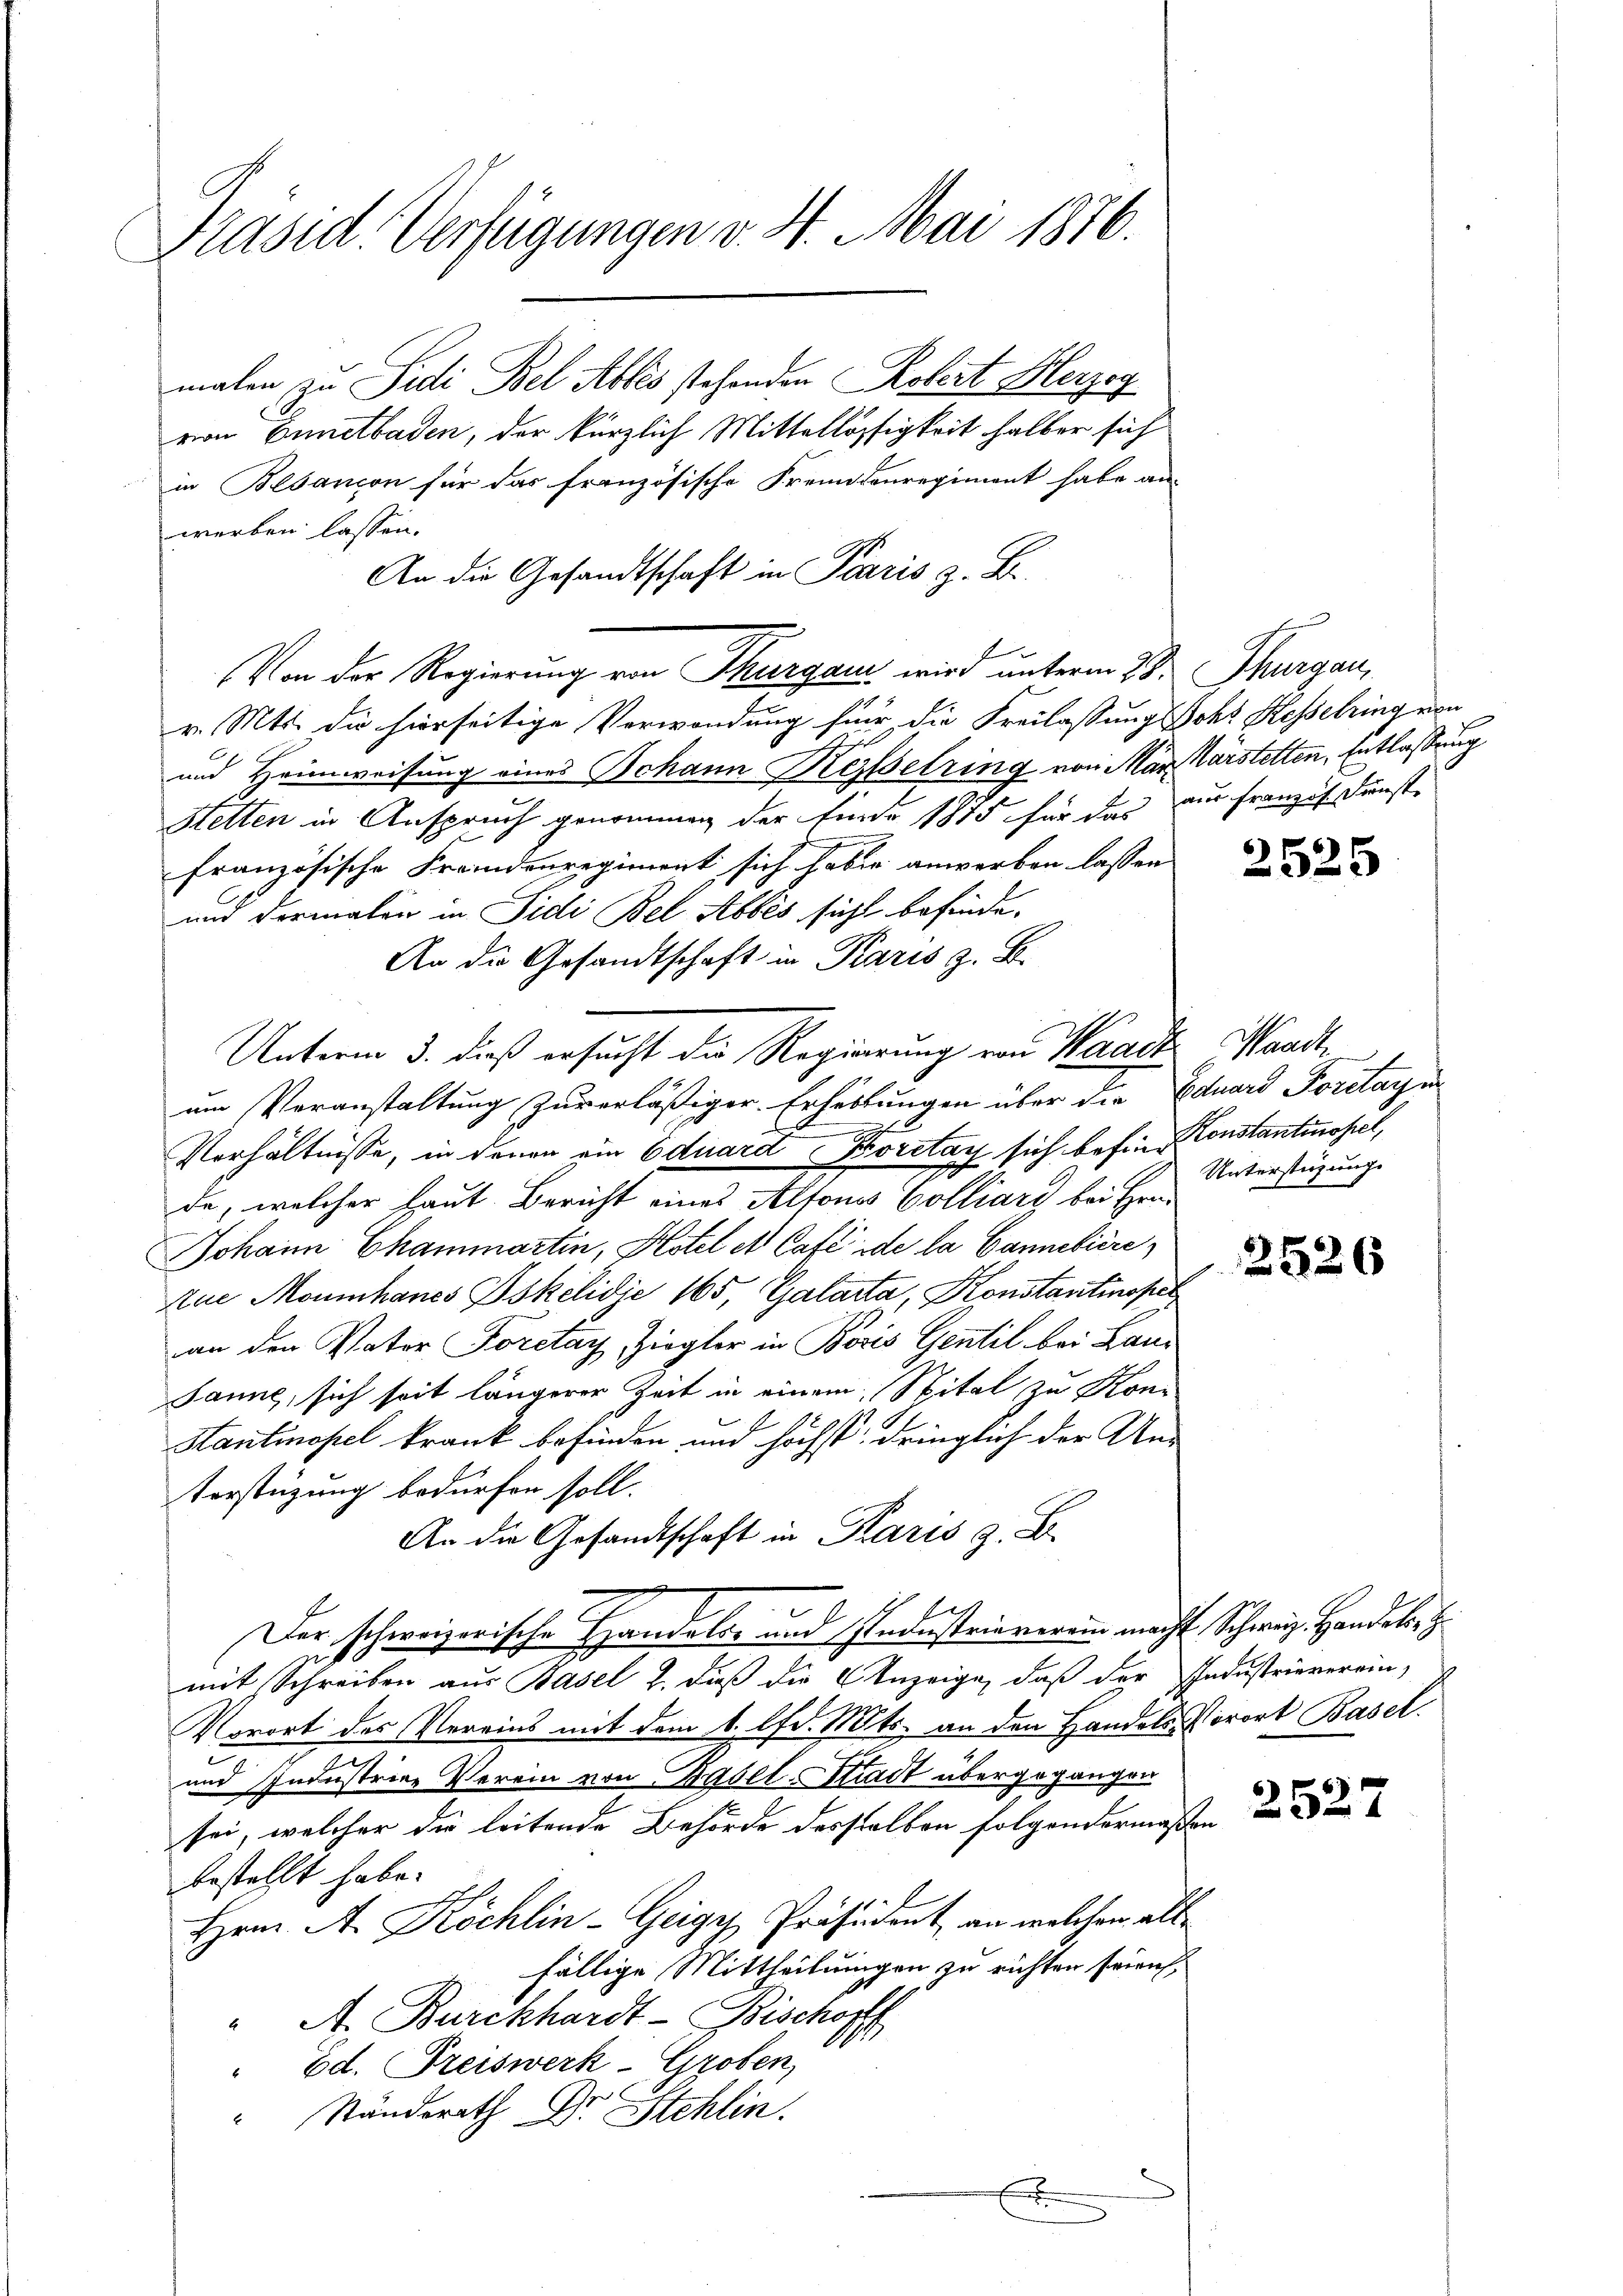
Präsid. Verfügungen v. 4. Mai 1876.

malen zu Sudi Bel Ables stehenden Robert Herzeg
von Ennetbaden, der kürzlich Mittellöpfigkeit halber sich
in Besancon für das französische Freundenregiment habe an
werben lassen.
An die Gesandtschaft in Paris z. B.
Von der Regierung von Thurgau wird unterm 23. Thurgau,
v. Mts. die hierseitige Verwendung für die Freilassung Johs Kesselring von
und Heimweisung eines Johann Kesselring von Mar. Warstetten, Entlassung
Hetten in Anspruch genommen der finde 1875 für das an franzis Dunste
französische Freundenregiment sich habe anwerken lassen
und dermalen in Sidi Bel Abbes sicht befinde¬
An die Gesandtschaft in Paris z. B.
um Veranstaltung zuverläßiger Erhaltungen über die Eduard Forstagen
Verhältnisse, in denen ein Eduard Koretag sich befin Constantinopel,
de, welcher Haut Bericht eines Alfons Colliard bei Hrn.
Johann Chammartin, Hotel et Café de la Cannebiire
Aue Moumhanes Iskelidje 165, Galanta, Konstantinopel
an den Vater Forctay, Ziegler in Boris Gentil bei Lan¬
Janne, sich seit längerer Zeit in einem Spital zu Kon¬
Hantinopel krank befinden und höchst dringlich der Anterstüzung bedürfen soll.
An die Gesandtschaft in Paris z. B.
Der schweizerische Handels- und Industrieverein macht Schweiz. Handelbe z.
mit Schreiben aus Basel h. dieß die Anzeige, daß der Industrieverein-
Vorort des Vereins mit dem 1. lfd. Mts. an den Handels Vorort Basel
und Industrige Verein von Basel-Stadt übergegangen
sei, welcher die leitende Behörde derselben folgendermassen und d
bestellt habe.
Hrn. A. Köchlin-Geiges Präsident, an welchen allfällige Mittheilungen zu richten seien,
" A. Burckhardt - Bischoff
" Ed. Freiswerk-Groten,
" Standsrath Dr Stehlin.

Unterm 3. daß ersucht die Regierung von Waadt, Waadt,

2525

Unterstüzung.

2526